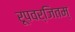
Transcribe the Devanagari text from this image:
रूपवर्जितम्